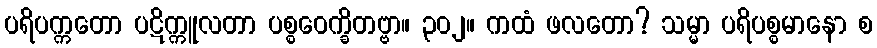
ပရိပက္ကတော ပဋိက္ကူလတာ ပစ္စဝေက္ခိတဗ္ဗာ။ ၃၀၂။ ကထံ ဖလတော? သမ္မာ ပရိပစ္စမာနော စ